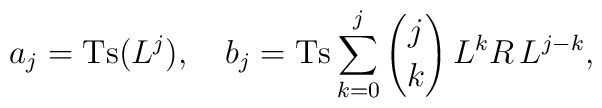
a_j=\mbox{Ts}(L^j),\quad  b_j=\mbox{Ts}\sum_{k=0}^j{j \choose k}    \, L^k R\, L^{j-k},